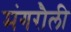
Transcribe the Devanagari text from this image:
मंगरौली